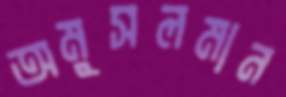
অমুসলমান